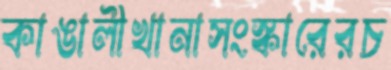
কাঙালীখানাসংস্কারেরচ